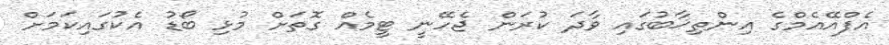
އެފްއޭއެމްގެ އިންތިޚާބުގައި ވާދަ ކުރަން ޖެހޭނީ ޓީމެއް ގޮތަށް މުޅި ބޯޑު އެކުގައިކަމަށް